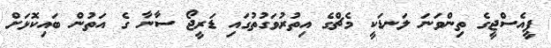
ޕީއެސްޖީގެ ތިންވަނަ ލަނޑަކީ މެޗްގެ އިތުރުވަގުތުގައި ޑަރީޖޯ ސާނާ ގެ އަތުން ބައިކޮޅަށް